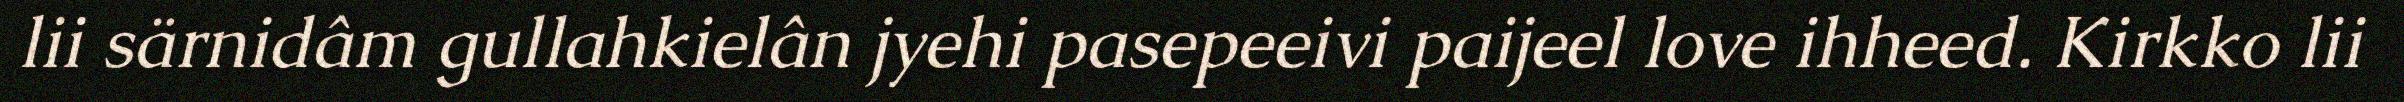
lii särnidâm gullahkielân jyehi pasepeeivi paijeel love ihheed. Kirkko lii